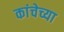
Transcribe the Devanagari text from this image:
कांचेच्या